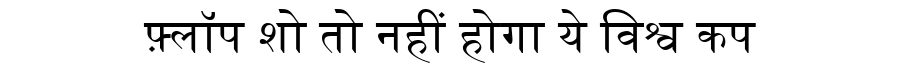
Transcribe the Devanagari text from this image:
फ़्लॉप शो तो नहीं होगा ये विश्व कप